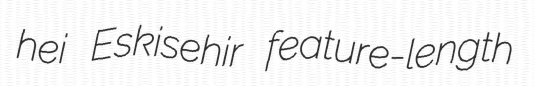
hei Eskisehir feature-length